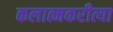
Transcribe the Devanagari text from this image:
कलात्मकरीत्या